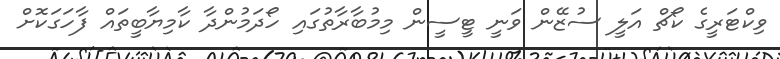
ވިކްޓަރީގެ ކޯޗް އަލީ ސުޒޭން ވަނީ ޓީސީން މިމުބާރާތުގައި ހޯދަމުންދާ ކާމިޔާބީތައް ފާހަގަކޮށް